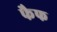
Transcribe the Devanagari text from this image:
फैफ